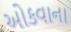
ઓકવાના